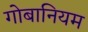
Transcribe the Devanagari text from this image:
गोबानियम